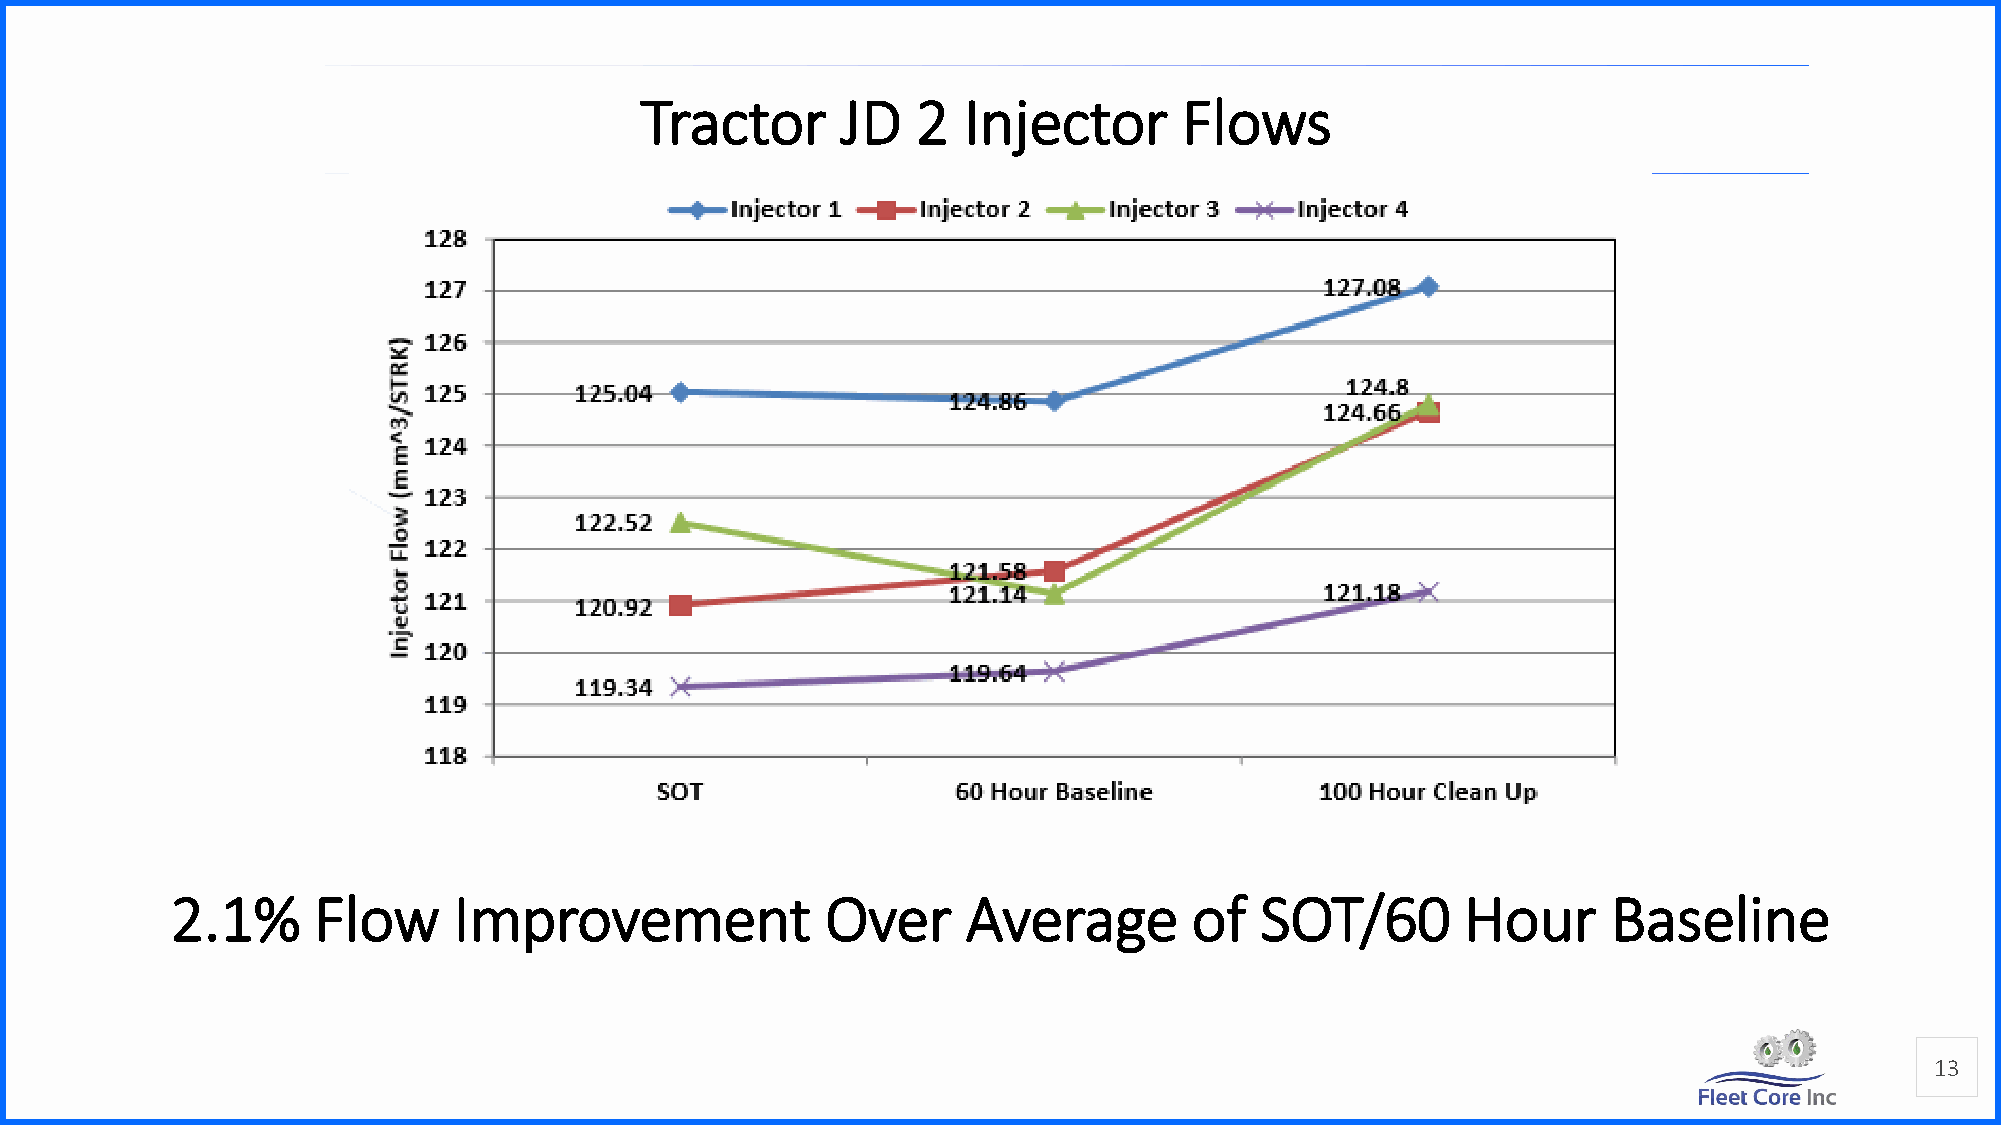
Tractor       JD   2  Injector      Flows
 2.1%      Flow     Improvement              Over     Average        of  SOT/60        Hour      Baseline
 13